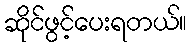
ဆိုင်ဖွင့်ပေးရတယ်။